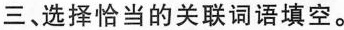
三、选择恰当的关联词语填空。